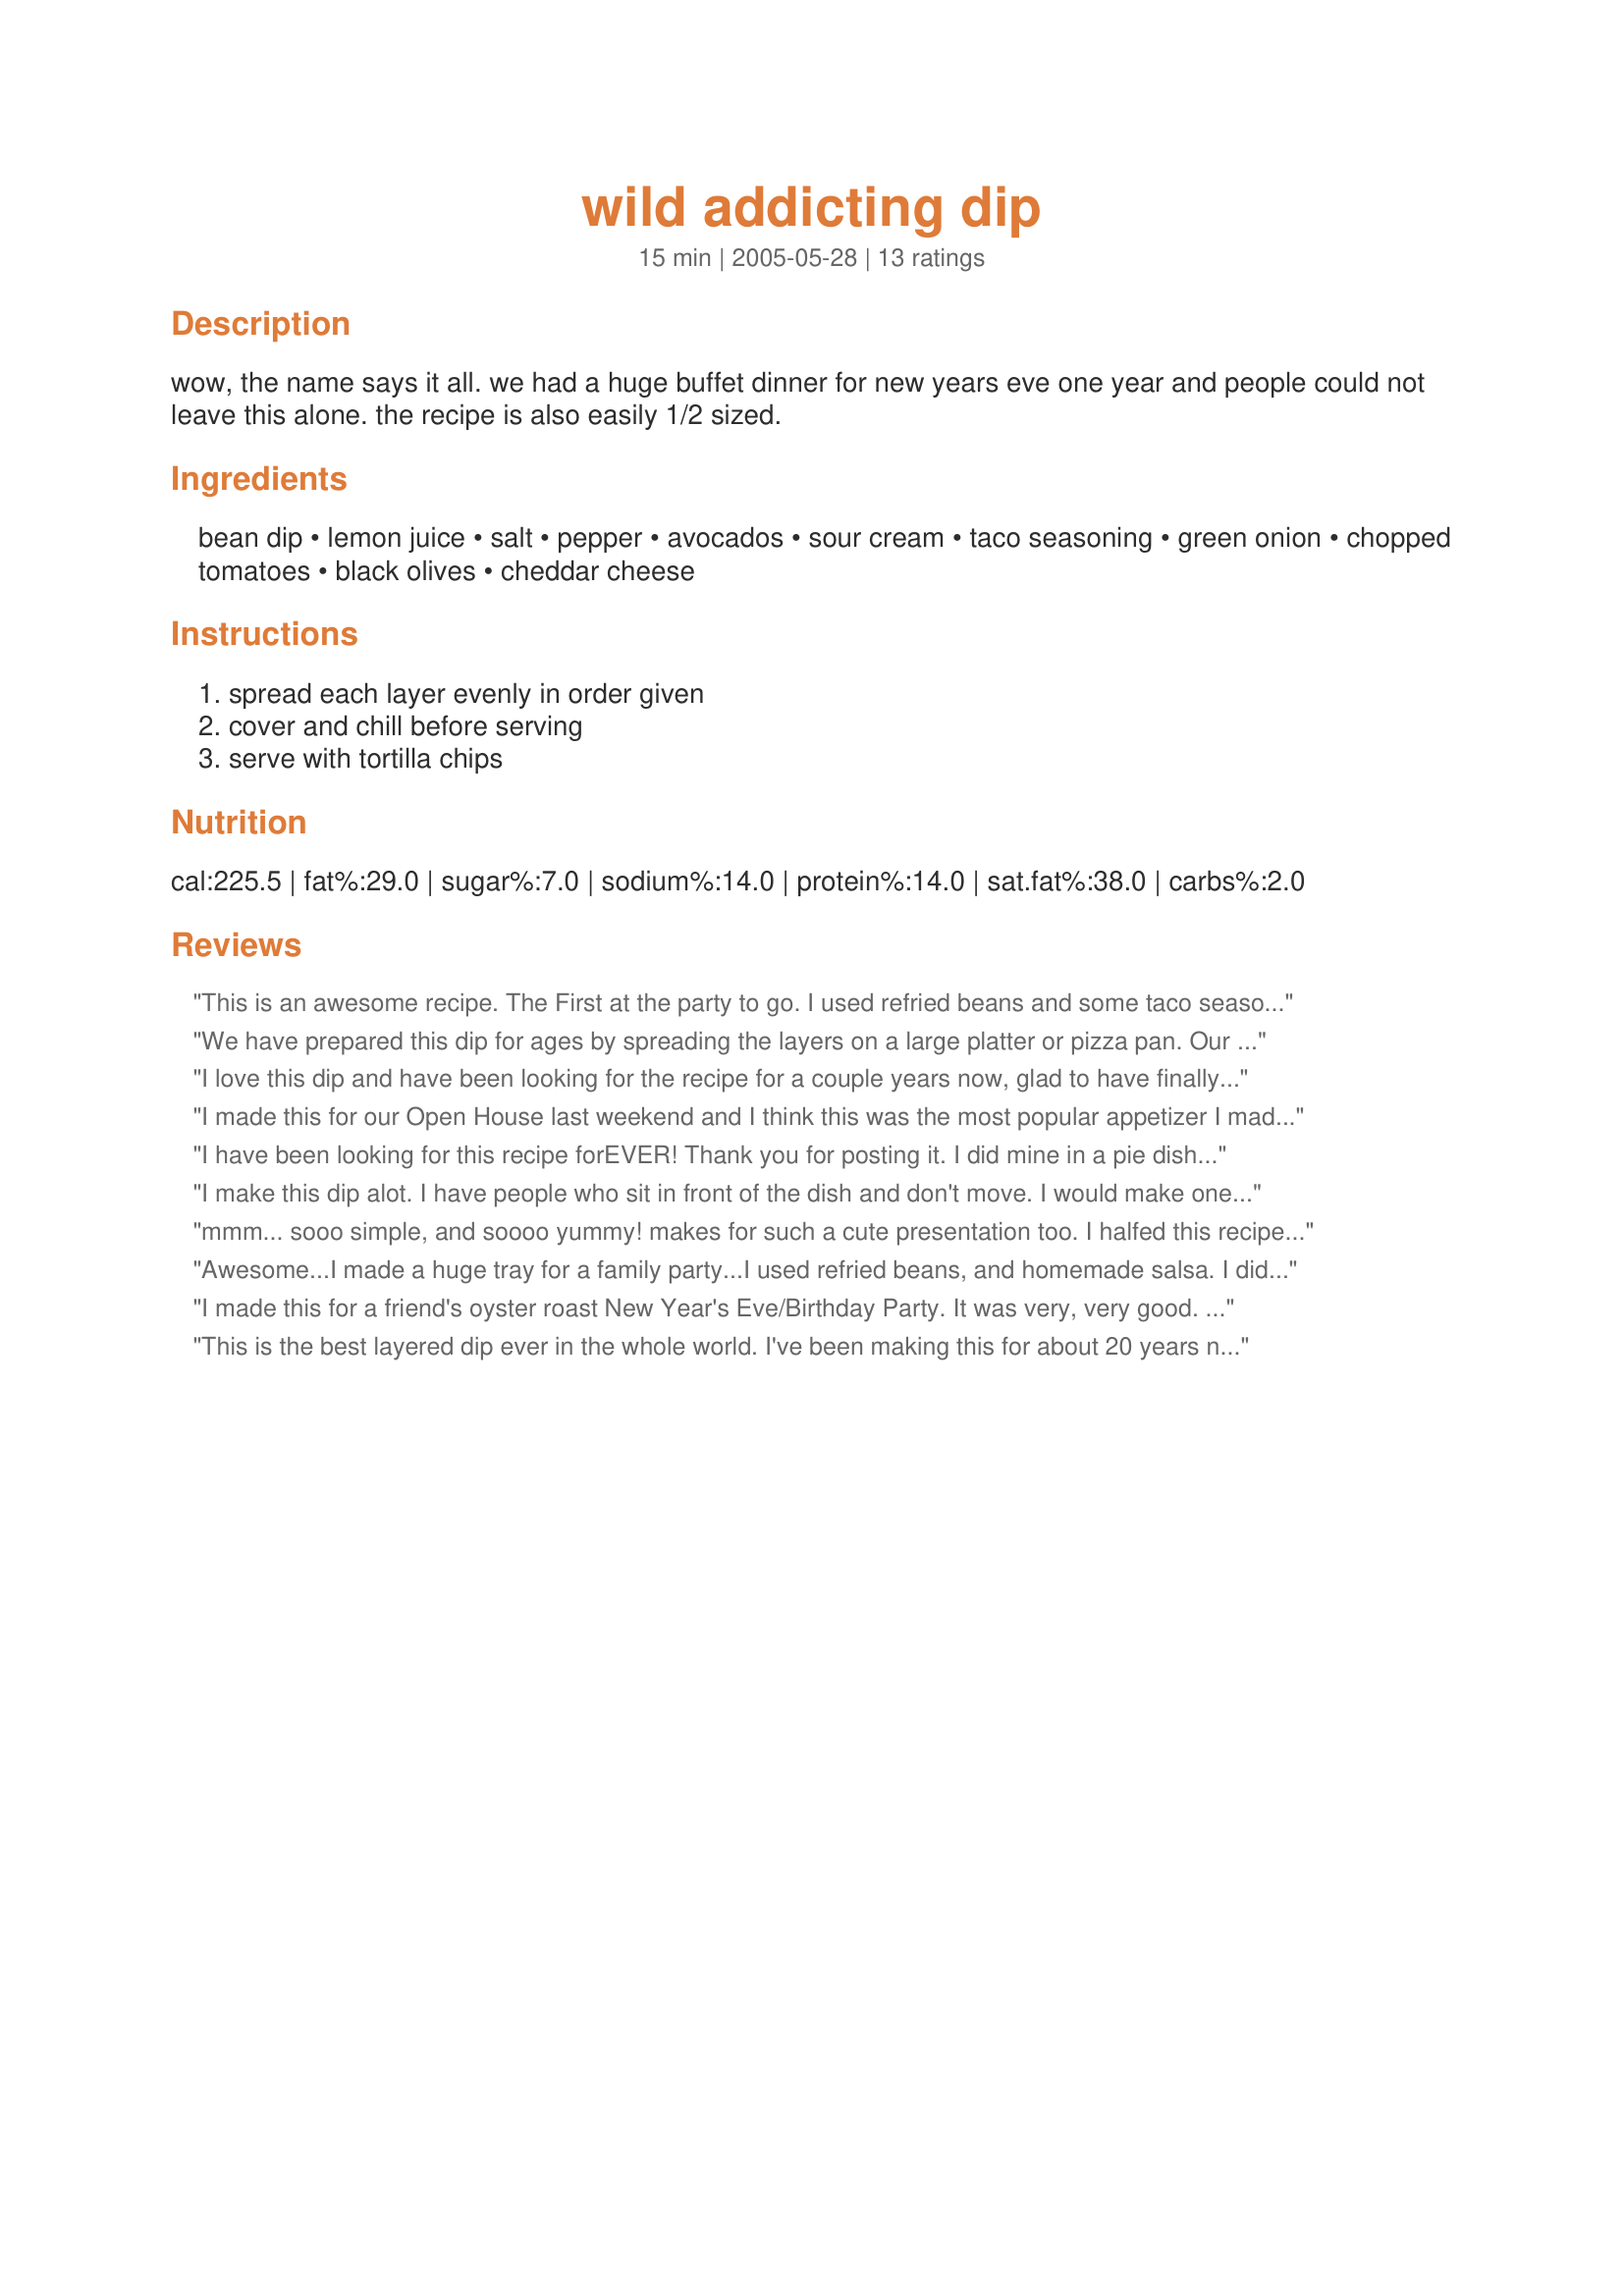
wild addicting dip
Preparation time: 15 minutes

wow, the name says it all. we had a huge buffet dinner for new years eve one year and people could not leave this alone. the recipe is also easily 1/2 sized.

Ingredients:
bean dip, lemon juice, salt, pepper, avocados, sour cream, taco seasoning, green onion, chopped tomatoes, black olives, cheddar cheese

Steps:
spread each layer evenly in order given, cover and chill before serving, serve with tortilla chips

Reviews:
This is an awesome recipe. The First at the party to go. I used refried beans and some taco seasoning.I used sasla instead of tomatoes. We will make again Thanks.
We have prepared this dip for ages by spreading the layers on a large platter or pizza pan. Our first layer is usually refried beans, rather than the dip, though. We have called it "Traveling Taco" and served it with sturdy tortilla chips. It is always a favorite for parties.
I love this dip and have been looking for the recipe for a couple years now, glad to have finally found it.
I made this for our Open House last weekend and I think this was the most popular appetizer I made! I made it in my trifle dish and it looked spectacular. I made as posted except to use taco cheese as the last layer. This recipe is delicious! Thanks for posting a keeper!
I have been looking for this recipe forEVER! Thank you for posting it. I did mine in a pie dish. Great on baked potatoes! LA :-)
I make this dip alot. I have people who sit in front of the dish and don't move. I would make one suggestion: that you pat dry the tomatoes so it does not get runny.
mmm... sooo simple, and soooo yummy! makes for such a cute presentation too. I halfed this recipe and it was very easy to do like you said. :) I also used light sour cream. thanks for a keeper!
Awesome...I made a huge tray for a family party...I used refried beans, and homemade salsa. I didnt have green onions, but I really wished I did for I know it would have really enhance it. I will definately make this again.Thanks.
I made this for a friend's oyster roast New Year's Eve/Birthday Party. It was very, very good. The blend of flavors was awesome. The only change I made was I added about 1/2 cup mayo to the avocado to make a bit more and I bought black olives already sliced. 
I put it in a footed triffle bowl. It made a lovely presentation.
This is the best layered dip ever in the whole world. I've been making this for about 20 years now and always get asked for the recipe. I've lost my original (I think it came from Family Circle magazine) and I'm so glad you posted this. This is exactly what I remember from that recipe. Thanks homegirl!
My late g/mother made this all the time when I was growing up.. I ate it so much that I burnt myself out, but it has been a long time and when I came across this recipe on this site, I had a craving for it again, and let me tell you... its just as addicting now as it was when I was a kid.. Thanks for brings back the memories
It is wonderful, but I added shrimp over the top, marinated in lemon juice and cilantro with a serrano finely chopped. Bon apetit!
Excellent! My mother served this many times while entertaining. It makes a beautiful presentation on a large round platter. I have used a 15 oz can of refried beans for layer #1 with great success! Thanks for posting! ~Jeff's Girl Way Out West
